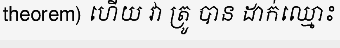
theorem) ហើយ វា ត្រូ បាន ដាក់ឈ្មោះ